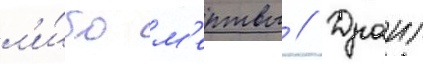
л'и́бо м'ертвы // Драиг